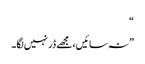
“
” نہ سائیں، مجھے ڈر نہیں لگا۔